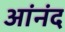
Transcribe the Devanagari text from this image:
आंनंद